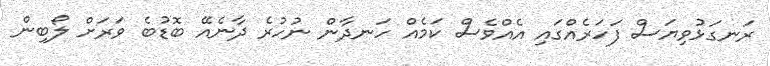
ރަނގަޅުވިޔަސް ފަހަރެއްގައި އެއްވެސް ކަމެއް ހަނދާން ނުހުރެ ދާނެއޭ ބޮޑުބެ ވަރަށް ލޯބިން